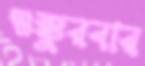
শুক্কুরবার